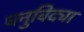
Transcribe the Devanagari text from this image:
धनुविद्या